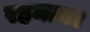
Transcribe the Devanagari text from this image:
रहमान।